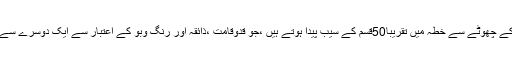
صرف ایک کشمیر ہی کے چھوٹے سے خطہ میں تقریباً50قسم کے سیب پیدا ہوتے ہیں ،جو قدوقامت ،ذائقہ اور رنگ وبو کے اعتبار سے ایک دوسرے سے بہت مختلف ہوتے ہیں ۔